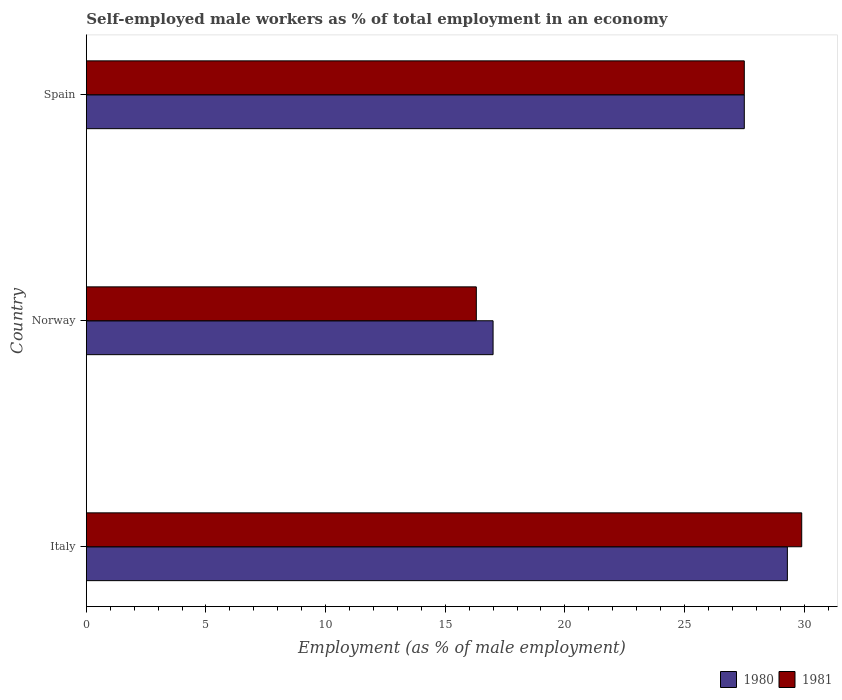
| Country | 1980 | 1981 |
 | --- | --- | --- |
 | Italy | 29.3 | 29.9 |
 | Norway | 17 | 16.3 |
 | Spain | 27.5 | 27.5 |